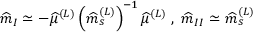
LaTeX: \widehat { m } _ { I } \simeq - \widehat { \mu } ^ { ( L ) } \left( \widehat { m } _ { s } ^ { ( L ) } \right) ^ { - 1 } \widehat { \mu } ^ { ( L ) } \; , \; \widehat { m } _ { I I } \simeq \widehat { m } _ { s } ^ { ( L ) }